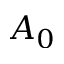
A _ { 0 }